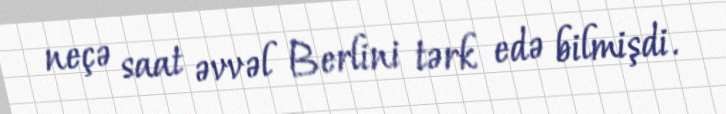
neçə saat əvvəl Berlini tərk edə bilmişdi.